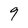
Character: 9